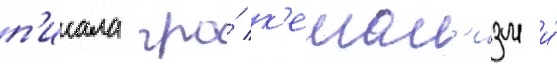
п'исала про́ к'емал'изм и́